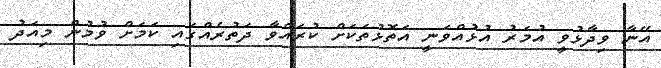
އޭނާ ވިދާޅުވީ އުމަރު އުޅުއްވަނީ އަތޮޅުތަކަށް ކުރައްވާ ދަތުރެއްގައި ކަމަށް ވުމުން މިއަދު